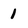
Character: l